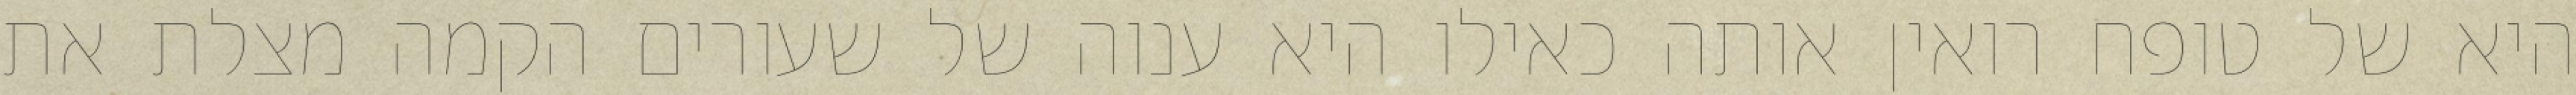
היא של טופח רואין אותה כאילו היא ענוה של שעורים הקמה מצלת את